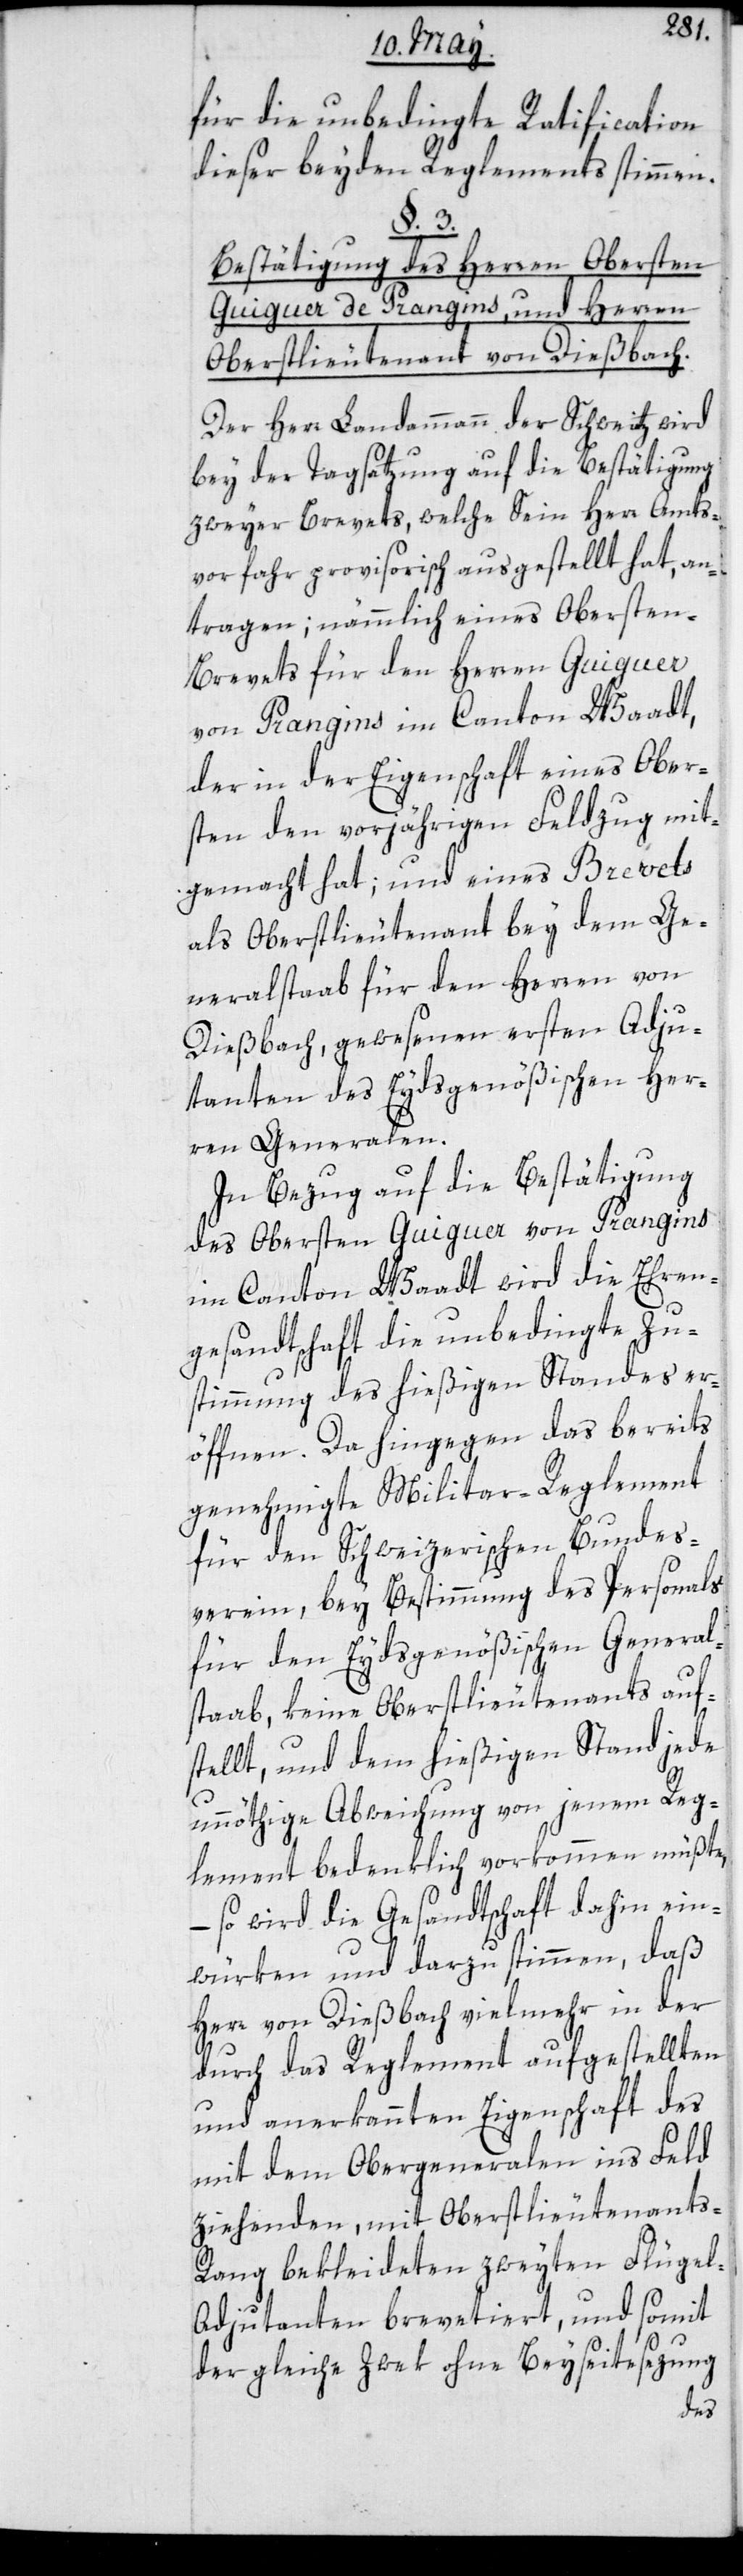
für die unbedingte Ratification
dieser beyden Reglements stimmen.
§. 3.
Bestätigung des Herren Obersten
Guiguer de Prangins, und Herren
Oberstlieutenant von Dießbach.
Der Herr Landammann der Schweiz wird
bey der Tagsatzung auf die Bestätigung
zweyer Brevets, welche Sein Herr Amts¬
vorfahr provisorisch ausgestellt hat, an¬
tragen; nämmlich eines Oberste¬
n-Brevets für den Herren Guiguer
von Prangins im Canton Waadt,
der in der Eigenschaft eines Ober¬
sten den vorjährigen Feldzug mit¬
gemacht hat; und eines Brevets
als Oberstlieutenant bey dem Ge¬
neralstaab für den Herren von
Dießbach, gewesenen ersten Adju¬
tanten des Eydsgenößischen Her¬
ren Generalen.
In Bezug auf die Bestätigung
des Obersten Guiguer von Prangins
im Canton Waadt wird die Ehren¬
gesandtschaft die unbedingte Zu¬
stimmung des hießigen Standes er¬
öffnen. Da hingegen das bereits
genehmigte Militar-Reglement
für den Schweizerischen Bundes¬
verein, bey Bestimmung des Personals
für den Eydsgenößischen General¬
staab, keine Oberstlieutenants auf¬
stellt, und dem hießigen Stand jede
unnöthige Abweichung von jenem Reg¬
lement bedenklich vorkommen müßte,
– so wird die Gesandtschaft dahin ein¬
würken und darzu stimmen, daß
Herr von Dießbach vielmehr in der
durch das Reglement aufgestellten
und anerkannten Eigenschaft des
mit dem Obergeneralen ins Feld
ziehenden, mit Oberstlieutenants-R¬
ang bekleideten zweyten Flüge¬
l-Adjutanten brevetiert, und somit
der gleiche Zwek ohne Beyseitesezung